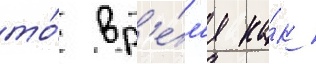
то́ вр'е́м'я ка́к